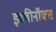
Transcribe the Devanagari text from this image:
इक्वीनॉक्स